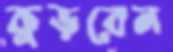
কুড়বেন